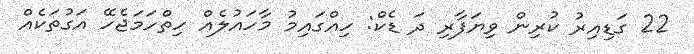
22 ގަޑިއިރު ކުރިން ވިޔަފާރި ދަ ޑެކް: ހިއްގައިމު މާހައުލެއް ހިތްހަމަޖެހޭ އަގުތަކެއް